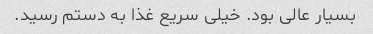
بسیار عالی بود. خیلی سریع غذا به دستم رسید.